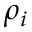
\rho _ { i }